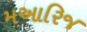
મઆરિજ